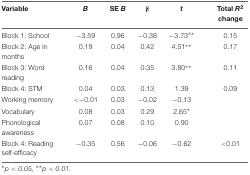
<table><thead><tr><td><b>Variable</b></td><td><b><i>B</i></b></td><td><b>SE <i>B</i></b></td><td><b>β</b></td><td><b><i>t</i></b></td><td><b>Total <i>R</i><sup>2</sup> change</b></td></tr></thead><tbody><tr><td>Block 1: School</td><td>-3.59</td><td>0.96</td><td>-0.38</td><td>-3.73<sup>∗∗</sup></td><td>0.15</td></tr><tr><td>Block 2: Age in months</td><td>0.19</td><td>0.04</td><td>0.42</td><td>4.51<sup>∗∗</sup></td><td>0.17</td></tr><tr><td>Block 3: Word reading</td><td>0.16</td><td>0.04</td><td>0.35</td><td>3.80<sup>∗∗</sup></td><td>0.11</td></tr><tr><td>Block 4: STM</td><td>0.04</td><td>0.03</td><td>0.13</td><td>1.39</td><td>0.09</td></tr><tr><td>Working memory</td><td>&lt;-0.01</td><td>0.03</td><td>-0.02</td><td>-0.13</td><td></td></tr><tr><td>Vocabulary</td><td>0.08</td><td>0.03</td><td>0.29</td><td>2.65<sup>∗</sup></td><td></td></tr><tr><td>Phonological awareness</td><td>0.07</td><td>0.08</td><td>0.10</td><td>0.90</td><td></td></tr><tr><td>Block 4: Reading self-efficacy</td><td>-0.35</td><td>0.56</td><td>-0.06</td><td>-0.62</td><td>&lt;0.01</td></tr></tbody></table>